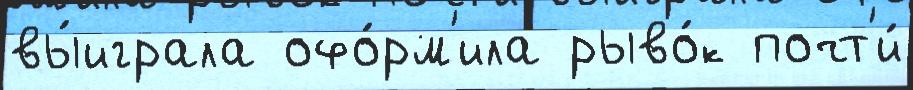
вы́играла офо́рм'ила рыво́к почт'и́